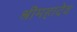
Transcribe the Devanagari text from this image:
श्रीमहादेव